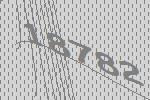
18782